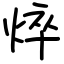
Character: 焠